Vaccination in Burma 1920-1933 - 1920-1933
Year: 1920
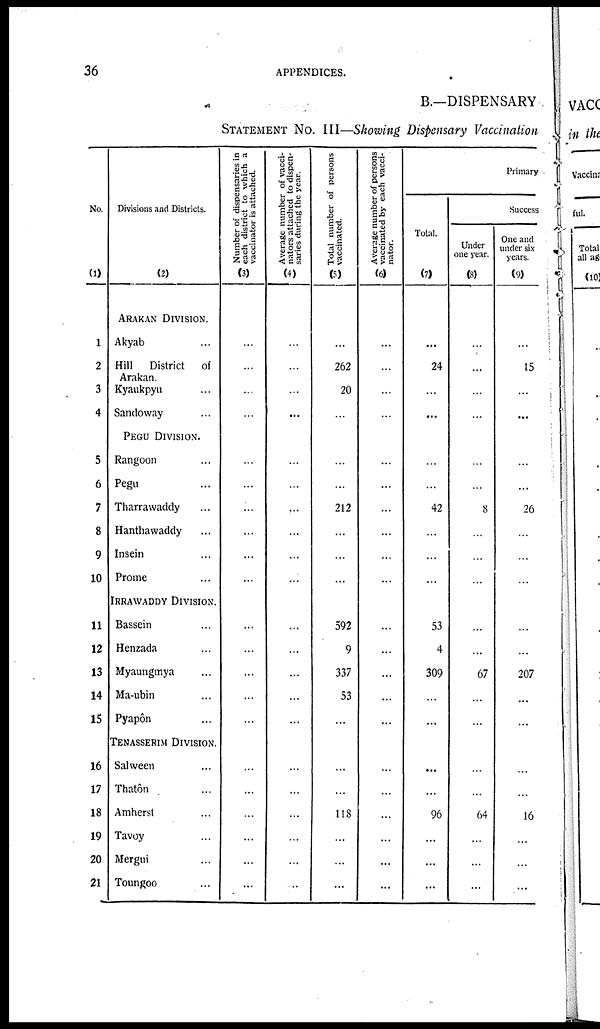
36
APPENDICES.
B.—DISPENSARY
STATEMENT No. III—Showing Dispensary Vaccination
No.
(1)
1
2
3
4
5
6
7
8
9
10
11
12
13
14
15
16
17
18
19
20
21
Divisions and Districts.
(2)
ARAKAN DIVISION.
Akyab ...
Hill
District of
Arakan.
Kyaukpyu ...
Sandoway ...
PEGU DIVISION.
Rangoon ...
Pegu ...
Tharrawaddy ...
Hanthawaddy ...
Insein ...
Prome ...
IRRAWADDY DIVISION.
Bassein ...
Henzada ...
Myaungmya ...
Ma-ubin ...
Pyapôn ...
TENASSERIM DIVISION.
Salween ...
Thatôn ...
Amherst ...
Tavoy ...
Mergui ...
Toungoo ...
Number of dispensaries in
each district to which a
vaccinator is attached.
(3)
...
...
...
...
...
...
...
...
...
...
...
...
...
...
...
...
...
...
...
...
...
Average number of vacci-
nators attached to dispen-
saries during the year.
(4)
...
...
...
...
...
...
...
...
...
...
...
...
...
...
...
...
...
...
...
...
...
Total number of persons
vaccinated.
(5)
...
262
20
...
...
...
212
...
...
...
592
9
337
53
...
...
...
118
...
...
...
Average number of persons
vaccinated by each vacci-
nator.
(6)
...
...
...
...
...
...
...
...
...
...
...
...
...
...
...
...
...
...
...
...
...
Primary
Total.
(7)
...
24
...
...
...
...
42
...
...
...
53
4
309
...
...
...
...
96
...
...
...
Success
Under
one year.
(8)
...
...
...
...
...
...
8
...
...
...
...
...
67
...
...
...
...
64
...
...
...
One and
under six
years.
(9)
...
15
...
...
...
...
26
...
...
...
...
...
207
...
...
...
...
16
...
...
...